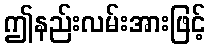
ဤနည်းလမ်းအားဖြင့်